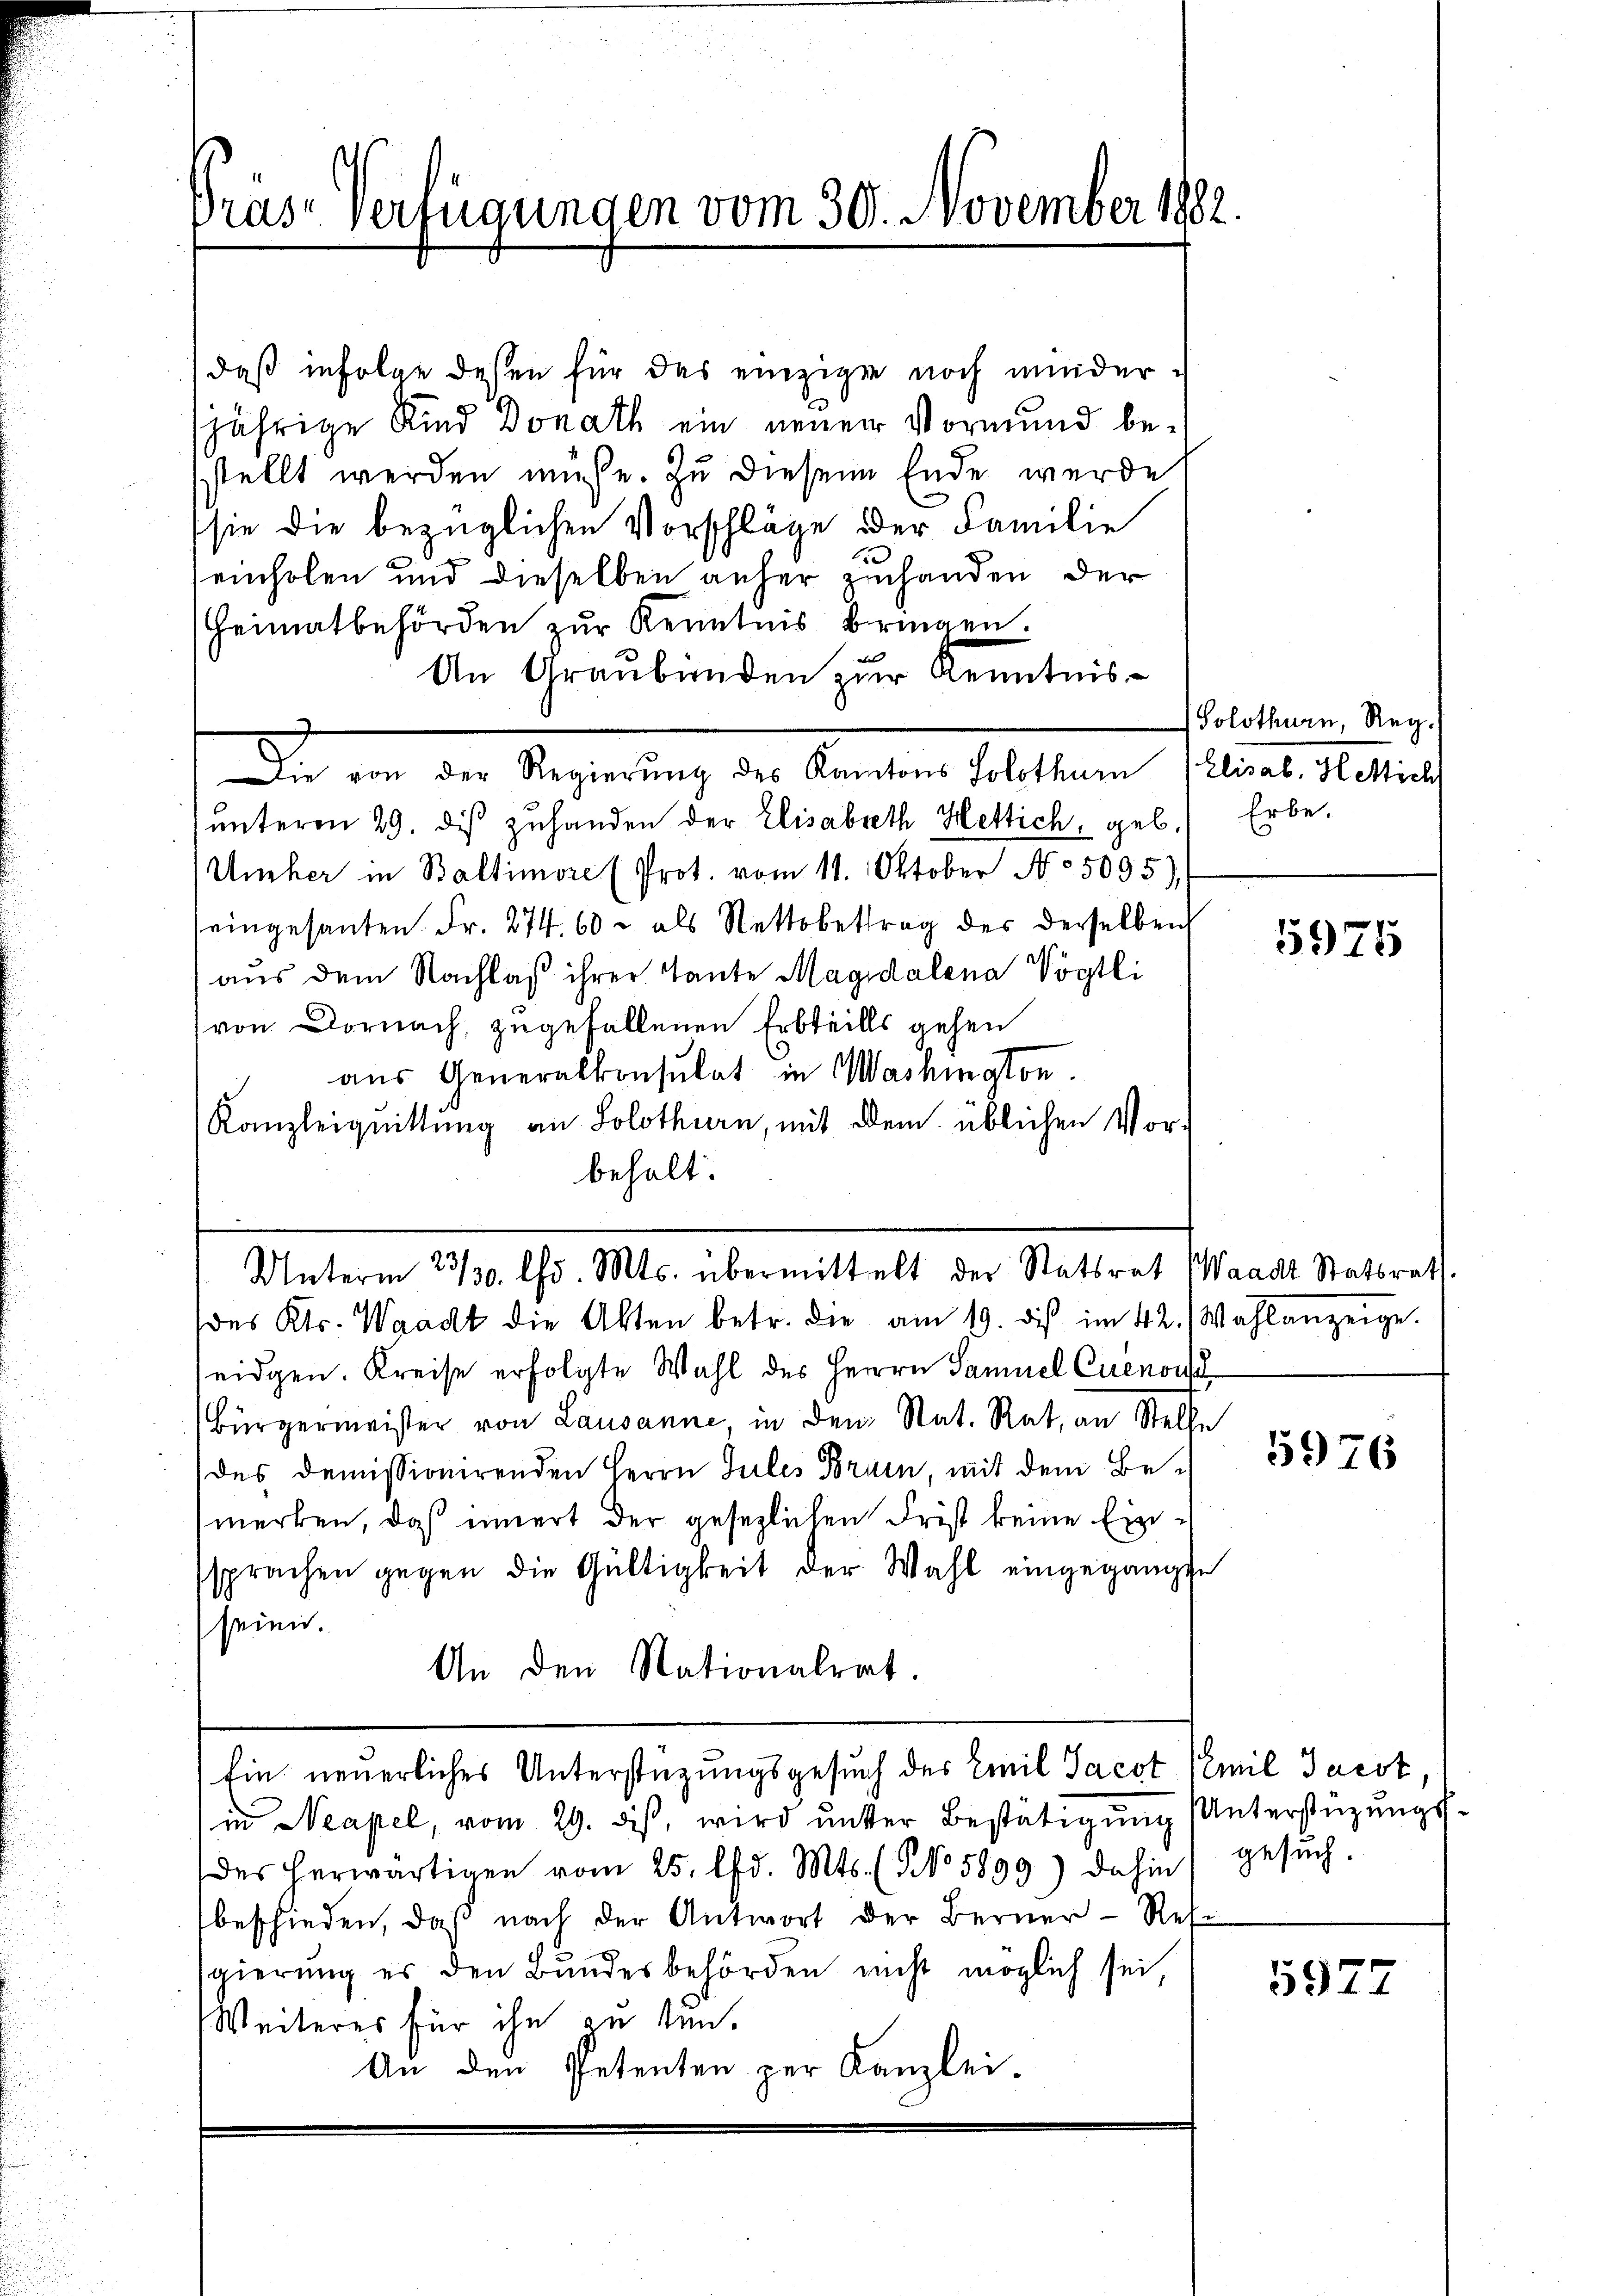
Praser Verfügungen vom 30. November 1882.

daß infolge dessen für das einzigen noch minder-
jährige Kind Donath ein neuen Vormund bestellt werden müsse. Zu diesem Ende werde
sie die bezüglichen Vorschläge der Familie
einholen und dieselben anher zuhanden der
Heimatbehörden zur Kenntnis bringen.
An Graubünden zur Kenntnis¬
Die von der Regierung der Kanton sollten selbe ertrag
unteren 29. dis zuhanden der Elisabeth Hettich, geb.) Erbe¬
Umher in Baltimore (Prot. vom 11. Oktober No. 5095),
eingesanten. Fr. 274, 60 - als Nettobetrag der derselben
aus dem Nachlaß ihrer Tante Magdalena Vögtli
von Dornach, zugefallenen Erbteills gehen
aus Generalkonsulat in Washington.
Kanzleiguittung an Solothurn, mit dem üblichen Vorbehalt.

Unterm 23/30. lfd. Mts. übermittelt der Statsrat (Waadt Statsrath.

des Kts. Waadt die Akten betr. die am 19. des im 42.) Wahlanzeige.
eidgen. Kreise erfolgte Wahl des Herrn Samuel Cuenosse
Bürgermeister von Lausanne in den Nat. Rat, an Stelle
des demissionirenden Herrn Jules Brunn, mit dem Bemerken, daß innert der gesezlichen Frist keine Einsprachen gegen die Gültigkeit der Wahl eingegange
sein.
An den Nationalrat.
Ein neuerliches Unterstüzungsgesuch des Emil Jacot (Emil Jacot
in Neapel, vom 29. ds, wird ŭnter Bestätigung (Unterstüzungs-
des herwärtigen vom 25. d. Mts. (NNo 5899) dahin gesŭch.
beschieden, daß nach der Antwort der Berner - Ressgierung er den Bundesbehörden nicht möglich sei,
Weiteres für ihn zu sei.
An den Petenten zur Kanzlei.

Solothurn, Reg.

5975

5976

5927